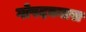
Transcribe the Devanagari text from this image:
गोपदबनास